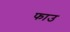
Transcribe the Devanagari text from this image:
फाउ